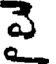
వై